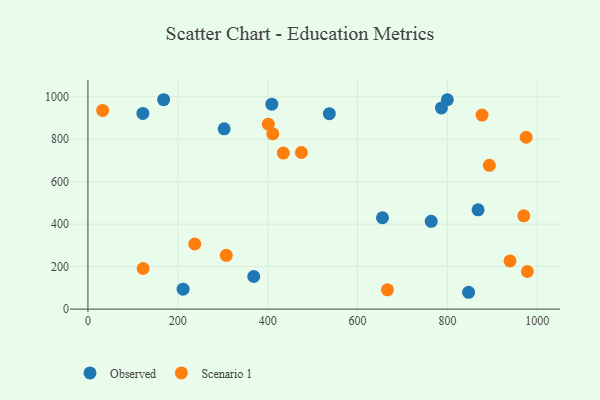
{"axis": {"x": "Investment", "y": "Demand"}, "legend": ["Observed", "Scenario 1"], "data": [{"x": "303.2", "y": 848.6, "type": "Observed"}, {"x": "786.7", "y": 947.4, "type": "Observed"}, {"x": "369.0", "y": 153.4, "type": "Observed"}, {"x": "799.9", "y": 985.7, "type": "Observed"}, {"x": "122.3", "y": 921.5, "type": "Observed"}, {"x": "868.3", "y": 467.6, "type": "Observed"}, {"x": "409.2", "y": 964.9, "type": "Observed"}, {"x": "537.3", "y": 920.1, "type": "Observed"}, {"x": "847.2", "y": 79.2, "type": "Observed"}, {"x": "168.5", "y": 985.8, "type": "Observed"}, {"x": "655.5", "y": 430.1, "type": "Observed"}, {"x": "211.8", "y": 93.7, "type": "Observed"}, {"x": "764.0", "y": 413.1, "type": "Observed"}, {"x": "975.3", "y": 809.2, "type": "Scenario 1"}, {"x": "434.9", "y": 734.7, "type": "Scenario 1"}, {"x": "32.7", "y": 935.6, "type": "Scenario 1"}, {"x": "666.6", "y": 90.9, "type": "Scenario 1"}, {"x": "939.3", "y": 226.8, "type": "Scenario 1"}, {"x": "307.9", "y": 253.3, "type": "Scenario 1"}, {"x": "122.9", "y": 191.1, "type": "Scenario 1"}, {"x": "411.5", "y": 825.2, "type": "Scenario 1"}, {"x": "978.0", "y": 177.0, "type": "Scenario 1"}, {"x": "237.8", "y": 306.6, "type": "Scenario 1"}, {"x": "475.1", "y": 737.4, "type": "Scenario 1"}, {"x": "893.4", "y": 677.1, "type": "Scenario 1"}, {"x": "970.0", "y": 439.2, "type": "Scenario 1"}, {"x": "877.1", "y": 913.5, "type": "Scenario 1"}, {"x": "401.4", "y": 870.8, "type": "Scenario 1"}]}